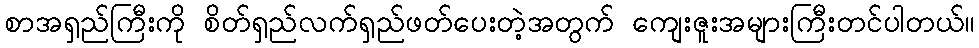
စာအရှည်ကြီးကို စိတ်ရှည်လက်ရှည်ဖတ်ပေးတဲ့အတွက် ကျေးဇူးအများကြီးတင်ပါတယ်။